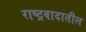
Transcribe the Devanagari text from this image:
राष्ट्रवादातील